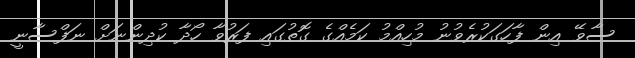
ސާވޭ އިން ފާހަގަކުރެވުނު މުހިއްމު ކަމެއްގެ ގޮތުގައި ފަރުވާ ހޯދާ ކުދިންނަށް ނަފްސާނީ